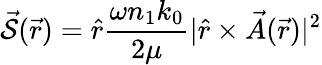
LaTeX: \mathcal{\vec{S}}(\vec{r})=\hat{r}\frac{\omega n_{1}k_{0}}{2\mu}|\hat{r}\times\vec{A}(\vec{r})|^{2}